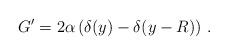
LaTeX: \begin{align*}G'= 2\alpha \left(\delta(y) -\delta(y-R) \right)\,. \end{align*}